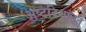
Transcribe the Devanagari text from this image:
अष्टदिशांतून